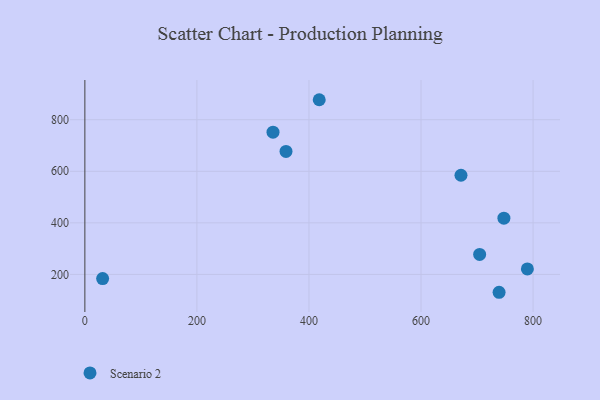
{"axis": {"x": "Ad Spend", "y": "Fuel Efficiency"}, "legend": ["Scenario 2"], "data": [{"x": "418.3", "y": 877.6, "type": "Scenario 2"}, {"x": "31.7", "y": 183.7, "type": "Scenario 2"}, {"x": "359.0", "y": 677.2, "type": "Scenario 2"}, {"x": "747.9", "y": 418.2, "type": "Scenario 2"}, {"x": "704.6", "y": 277.5, "type": "Scenario 2"}, {"x": "789.8", "y": 221.3, "type": "Scenario 2"}, {"x": "739.3", "y": 130.7, "type": "Scenario 2"}, {"x": "335.8", "y": 751.8, "type": "Scenario 2"}, {"x": "671.3", "y": 584.6, "type": "Scenario 2"}]}